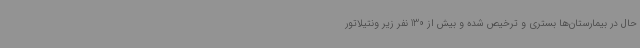
حال در بیمارستان‌ها بستری و ترخیص شده‌ و بیش از 130 نفر زیر ونتیلاتور